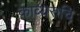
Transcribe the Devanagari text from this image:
काव्यरुचि